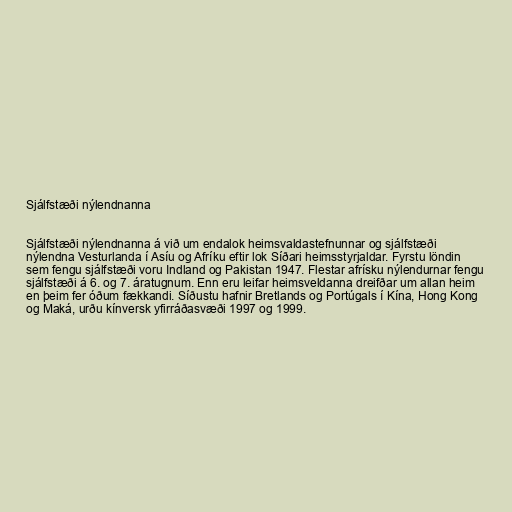
Sjálfstæði nýlendnanna

Sjálfstæði nýlendnanna á við um endalok heimsvaldastefnunnar og sjálfstæði
nýlendna Vesturlanda í Asíu og Afríku eftir lok Síðari heimsstyrjaldar. Fyrstu löndin
sem fengu sjálfstæði voru Indland og Pakistan 1947. Flestar afrísku nýlendurnar fengu
sjálfstæði á 6. og 7. áratugnum. Enn eru leifar heimsveldanna dreifðar um allan heim
en þeim fer óðum fækkandi. Síðustu hafnir Bretlands og Portúgals í Kína, Hong Kong
og Maká, urðu kínversk yfirráðasvæði 1997 og 1999.